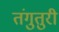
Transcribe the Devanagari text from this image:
तंगुतुरी